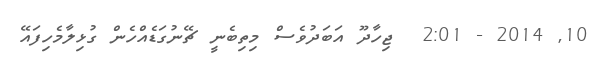
10